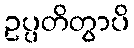
ဥပ္ပတိတွာပိ